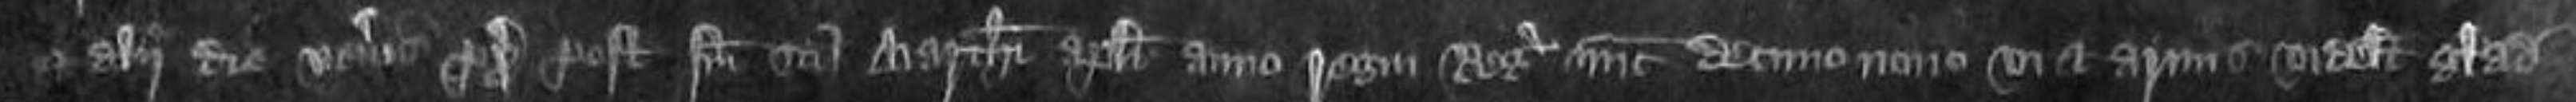
et alii die Veneris proximo post festum Sancti Bartholomei Apostoli anno regni Regis nunc decimonono vi et armis videlicet gladiis